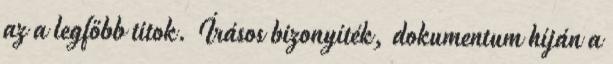
az a legfőbb titok. Írásos bizonyíték, dokumentum híján a